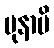
ပုနာပိ